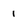
Character: 1